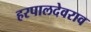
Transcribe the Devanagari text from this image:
हरपालदेवराव